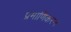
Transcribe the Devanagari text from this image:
प्रमाणिकरन